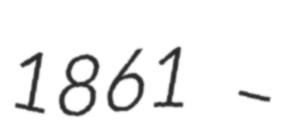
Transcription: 1861 –